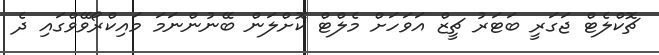
ޗޮކްލެޓް ޖަގަރީ ބަޓަރު ޗީޒް އަވަހަށް މެލްޓް ކޮށްލަން ބޭނުންނަމަ މައިކްރޯވޭވްގައި ދެ